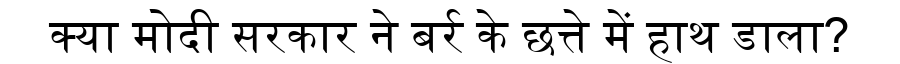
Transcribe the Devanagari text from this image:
क्या मोदी सरकार ने बर्र के छत्ते में हाथ डाला?